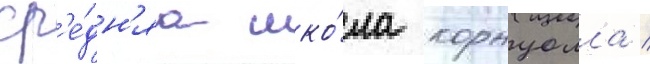
ср'е́дн'яа шко́ла корнуолла /